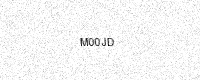
Text: M00JD